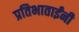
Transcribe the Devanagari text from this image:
प्रतिभाताईंनी